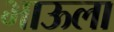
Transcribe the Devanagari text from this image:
भाऊला